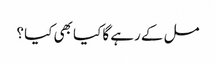
مل کے رہے گا کیا بھی کیا ؟